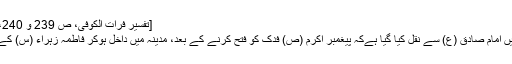
[تفسیر فرات الكوفى، ص 239 و 240، تهران، طبع اول، 1410ق]
اسی طرح ایک اور روایت میں امام صادق (ع) سے نقل کیا گیا ہےکہ پیغمبر اکرم (ص) فدک کو فتح کرنے کے بعد، مدینہ میں داخل ہوکر فاطمہ زہراء (س) کے پاس گئے اور فرمایا: بیٹی!